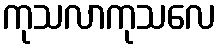
ကုသလာကုသလေ